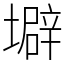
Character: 壀